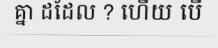
គ្នា ដដែល ? ហើយ បើ